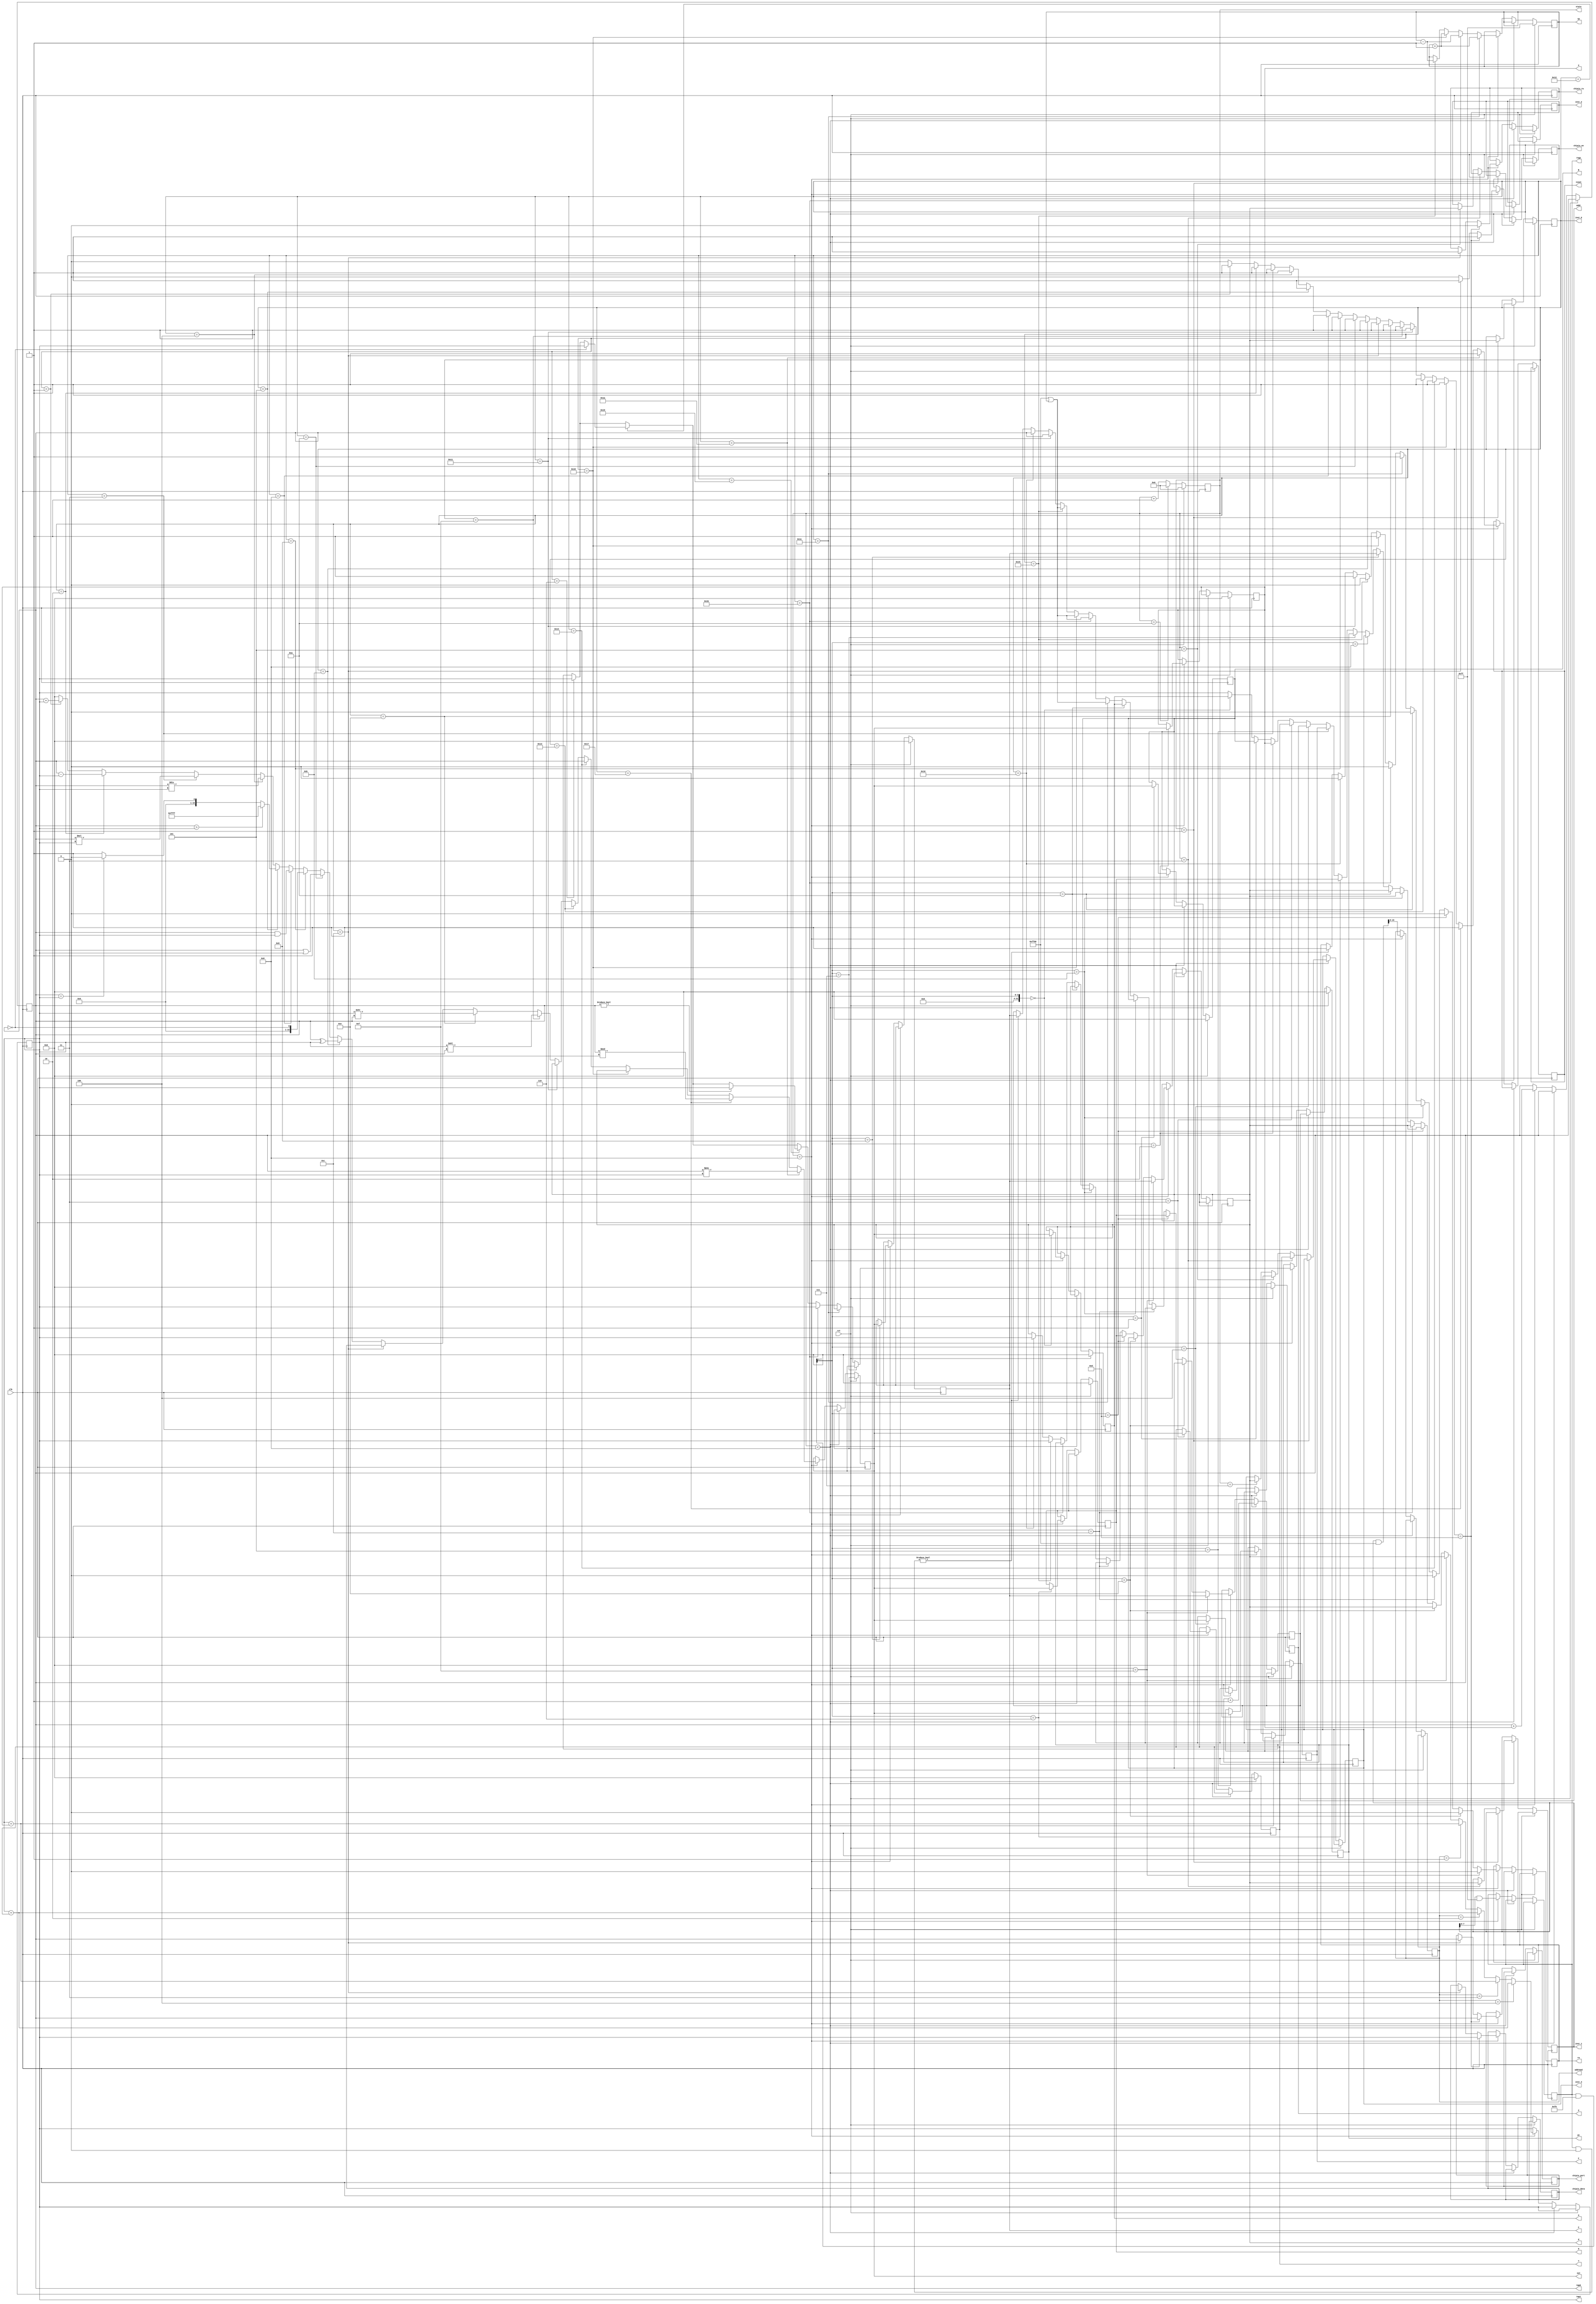
module main (output reg [15:0] addr,
             output rw,
             output reg [15:0] d,
             input clk,
             input rst,
             output reg [15:0] pc,
             output reg [3:0] state,
             output reg [15:0] inst_0,
             output reg [15:0] inst_1,
             output reg [15:0] inst_2,
             output reg [15:0] inst_3,
             output reg [15:0] A,
             output reg [15:0] B,
             output reg [15:0] X,
             output reg [15:0] Y,
             output reg [15:0] Z,
             output reg [15:0] F,
             output reg [15:0] H,
             output reg [15:0] C,
             
             output reg [7:0] sp,
             
             output reg [15:0] out,
             output reg [15:0] tmp0,
             output reg [15:0] tmp1,
             output reg [7:0] regs,
             output reg [7:0] addrmod,
             output reg isout,
             
             output reg [15:0] chipio_data,
             output reg [15:0] chipio_port,
             output reg chipio_en,
             output reg chipio_rw,
            );
    always @ (posedge clk) begin
      
      if(rst) begin
        pc <= 1'b0;
      	state <= 1'b0;
        sp <= 255;
        
        A <= 0;
        B <= 0;
        X <= 0;
        Y <= 0;
        Z <= 0;
        F <= 0;
        H <= 0;
        C <= 0;
        end else begin
          if(state < 8) begin
      	  addr <= pc + 1;
          pc <= addr;
            if(state == 1)
              inst_0 <= d;
            else if(state == 3)
              inst_1 <= d;
            else if(state == 5)
              inst_2 <= d;
            else if(state == 7)
              inst_3 <= d;
            
          end else if(state == 8) begin
            
            regs <= inst_1 & 255;
            addrmod <= (inst_1 & 65280) >> 8;
            
            
            if(regs & 8 == 0)
              tmp0 <= A;
            if(regs & 8 == 1)
              tmp0 <= B;
            if(regs & 8 == 2)
              tmp0 <= X;
            if(regs & 8 == 3)
              tmp0 <= Y;
            if(regs & 8 == 4)
              tmp0 <= Z;
            if(regs & 8 == 5)
              tmp0 <= F;
            if(regs & 8 == 6)
              tmp0 <= H;
            if(regs & 8 == 7)
              tmp0 <= pc;
            if(regs & 8 == 8)
              tmp0 <= inst_2;
            if(regs & 8 == 9)
              tmp0 <= C;
            if(regs & 8 == 10) begin
              addr <= A;
              rw <= 1;
              tmp0 <= d;
            end
            if(regs & 8 == 11) begin
              addr <= B;
              rw <= 1;
              tmp0 <= d;
            end
            if(regs & 8 == 12) begin
              addr <= Z;
              rw <= 1;
              tmp0 <= d;
            end
            if(regs & 8 == 13) begin
              addr <= H;
              rw <= 1;
              tmp0 <= d;
            end
            if(regs & 8 == 14) begin
              addr <= inst_2;
              rw <= 1;
              tmp0 <= d;
            end
            if(regs & 8 == 15) begin
              addr <= C;
              rw <= 1;
              tmp0 <= d;
            end
            
            
            if((regs & 240) >> 4 == 0)
              tmp1 <= A;
            if((regs & 240) >> 4 == 1)
              tmp1 <= B;
            if((regs & 240) >> 4 == 2)
              tmp1 <= X;
            if((regs & 240) >> 4 == 3)
              tmp1 <= Y;
            if((regs & 240) >> 4 == 4)
              tmp1 <= Z;
            if((regs & 240) >> 4 == 5)
              tmp1 <= F;
            if((regs & 240) >> 4 == 6)
              tmp1 <= H;
            if((regs & 240) >> 4 == 7)
              tmp1 <= pc;
            if((regs & 240) >> 4 == 8)
              tmp1 <= inst_3;
            if((regs & 240) >> 4 == 9)
              tmp1 <= C;
            if((regs & 240) >> 4 == 10) begin
              addr <= A;
              rw <= 1;
              tmp1 <= d;
            end
            if((regs & 240) >> 4 == 11) begin
              addr <= B;
              rw <= 1;
              tmp1 <= d;
            end
            if((regs & 240) >> 4 == 12) begin
              addr <= Z;
              rw <= 1;
              tmp1 <= d;
            end
            if((regs & 240) >> 4 == 13) begin
              addr <= H;
              rw <= 1;
              tmp1 <= d;
            end
            if((regs & 240) >> 4 == 14) begin
              addr <= inst_3;
              rw <= 1;
              tmp1 <= d;
            end
            if((regs & 240) >> 4 == 15) begin
              addr <= C;
              rw <= 1;
              tmp1 <= d;
            end
            
            if(addrmod == 1)
              tmp1 <= tmp1 + X;
            if(addrmod == 2)
              tmp1 <= tmp1 + Y;
            if(addrmod == 3)
              tmp1 <= tmp1 + X;
              tmp0 <= tmp0 + Y;
            if(addrmod == 4)
              tmp1 <= tmp1 + Y;
              tmp0 <= tmp0 + X;
            out <= 0;
            isout <= 0;
            chipio_en <= 0;
            //decode and execute
            if(inst_0 == 1) begin
            	out <= tmp0 + tmp1;
              	isout <= 1;
            end
            if(inst_0 == 2) begin
            	out <= tmp0 - tmp1;
              	isout <= 1;
            end
            if(inst_0 == 3) begin
            	out <= tmp0 * tmp1;
              	isout <= 1;
            end
            if(inst_0 == 4) begin
            	out <= tmp0 / tmp1;
              	isout <= 1;
            end
            if(inst_0 == 5) begin
              if(tmp0 > tmp1)
                out <= 65535;
              else if(tmp0 == tmp1)
                out <= 0;
              else
                out <= 1;
              	isout <= 1;
            end
            if(inst_0 == 6) begin
              pc <= tmp1;
            end
            if(inst_0 == 8)begin
              out <= tmp0 & tmp1;
              isout <= 1;
            end
            if(inst_0 == 9)begin
              out <= !tmp0;
              isout <= 1;
            end
            if(inst_0 == 10)begin
              out <= tmp0 | tmp1;
              isout <= 1;
            end
            if(inst_0 == 11)begin
              out <= tmp0 ^ tmp1;
              isout <= 1;
            end
            if(inst_0 == 12)begin
              chipio_rw <= 1;
              chipio_port <= tmp0;
              chipio_data <= xxxxxxxxxxxxxxx;
              chipio_en <= 1;
              out <= chipio_data;
              isout <= 1;
            end
            if(inst_0 == 13)begin
              chipio_rw <= 0;
              chipio_port <= tmp0;
              chipio_data <= tmp1;
              chipio_en <= 1;
            end
            if(inst_0 == 14)begin
              out <= tmp1 >> tmp0;
              isout <= 1;
            end
            if(inst_0 == 15)begin
              out <= tmp1 << tmp0;
              isout <= 1;
            end
            if(inst_0 == 16)begin //set
              addr <= tmp0;
              d <= tmp1;
              rw <= 0;
            end
            if(inst_0 == 17)begin //get
              addr <= tmp0;
              out <= d;
              rw <= 1;
              isout <= 1;
            end
            if(inst_0 == 18)begin
              if(tmp0 == 0)
                pc <= tmp1;
            end
            if(inst_0 == 19)begin
              out <= $urandom;
              isout <= 1;
            end
            if(inst_0 == 20)begin
              out <= tmp0;
              isout <= 1;
            end
            if(inst_0 == 21)begin //psh
              addr <= (255 << 8) | sp;
              d <= tmp1;
              rw <= 0;
              sp <= sp - 1;
            end
            if(inst_0 == 22)begin //pop
              sp <= sp + 1;
              addr <= (255 << 8) | sp;
              rw <= 1;
              out <= d;
              isout <= 1;
            end
            if(inst_0 == 23)begin
              out <= tmp0 % tmp1;
              isout <= 1;
            end
            if(inst_0 == 24)begin //hlt
              
            end
            if(inst_0 == 25)begin
              if(tmp0 != 0)
                pc <= tmp1;
            end
            if(inst_0 == 26)begin
              out <= tmp0 ** tmp1;
              	isout <= 1;
            end
            if(inst_0 == 27)begin //cal
              addr <= (255 << 8) | sp;
              d <= pc;
              rw <= 0;
              sp <= sp - 1;
              pc <= tmp1;
            end
            if(inst_0 == 28)begin //ret
              sp <= sp + 1;
              addr <= (255 << 8) | sp;
              rw <= 1;
              pc <= d;
            end
            
            
            
            
            if((regs & 240) >> 4 == 0)
              A <= out;
            if((regs & 240) >> 4 == 1)
              B <= out;
            if((regs & 240) >> 4 == 2)
              X <= out;
            if((regs & 240) >> 4 == 3)
              Y <= out;
            if((regs & 240) >> 4 == 4)
              Z <= out;
            if((regs & 240) >> 4 == 5)
              F <= out;
            if((regs & 240) >> 4 == 6)
              H <= out;
            if((regs & 240) >> 4 == 7)
              pc <= out;
            if((regs & 240) >> 4 == 9)
              C <= out;
            if((regs & 240) >> 4 == 10) begin
              addr <= A;
              rw <= 0;
              d <= A;
            end
            if((regs & 240) >> 4 == 11) begin
              addr <= B;
              rw <= 0;
              d <= B;
            end
            if((regs & 240) >> 4 == 12) begin
              addr <= Z;
              rw <= 0;
              d <= Z;
            end
            if((regs & 240) >> 4 == 13) begin
              addr <= H;
              rw <= 0;
              d <= H;
            end
            if((regs & 240) >> 4 == 14) begin
              addr <= inst_3;
              rw <= 0;
              d <= inst_3;
            end
            if((regs & 240) >> 4 == 15) begin
              addr <= C;
              rw <= 0;
              d <= C;
            end
            
            
          end
      	state <= state + 1;
          if(state == 10)
            state <= 0;
        end
    end

endmodule